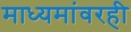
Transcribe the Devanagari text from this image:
माध्यमांवरही